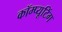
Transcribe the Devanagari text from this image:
कॉम्प्यूटिंग